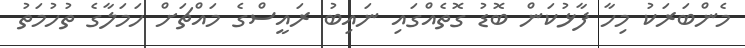
މެންބަރަކު މިހާ ފާޅުކަން ބޮޑު ގޮތެއްގައި ނައިބު ރައީސްގެ މައްޗަށް ހަމަލާގެ ތުހުމަތު